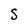
Character: S